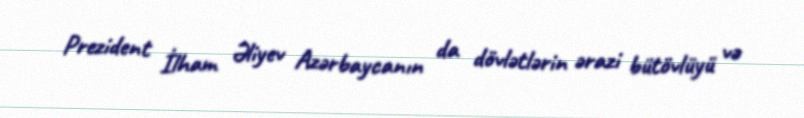
Prezident İlham Əliyev Azərbaycanın da dövlətlərin ərazi bütövlüyü və